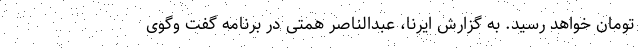
تومان خواهد رسید. به گزارش ایرنا، عبدالناصر همتی در برنامه گفت وگوی